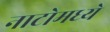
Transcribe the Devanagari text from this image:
नाटोमध्ये